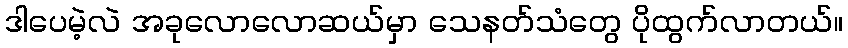
ဒါပေမဲ့လဲ အခုလောလောဆယ်မှာ သေနတ်သံတွေ ပိုထွက်လာတယ်။